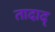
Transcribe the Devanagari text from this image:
तादाद्